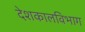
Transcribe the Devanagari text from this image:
देशकालविभाग